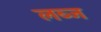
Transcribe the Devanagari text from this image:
लब्ज